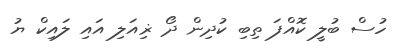
ހުސް ބުލީ ކޮއްފަ ތިބި ކުދިން ދޯ ޜިއަލި އައި ލައިކް ޔު